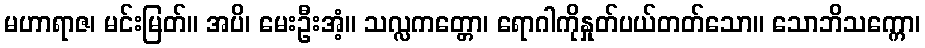
မဟာရာဇ၊ မင်းမြတ်။ အပိ၊ မေးဦးအံ့။ သလ္လကတ္တော၊ ရောဂါကိုနှုတ်ပယ်တတ်သော။ သောဘိသက္ကော၊